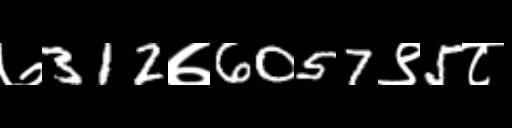
Text: ७312७6057९5८